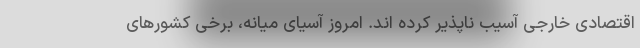
اقتصادی خارجی آسیب ناپذیر کرده اند. امروز آسیای میانه، برخی کشورهای